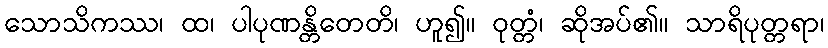
သောသိကဿ၊ ထ၊ ပါပုဏန္တိတေတိ၊ ဟူ၍။ ဝုတ္တံ၊ ဆိုအပ်၏။ သာရိပုတ္တရာ၊